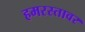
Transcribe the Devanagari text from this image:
हमरस्तावर